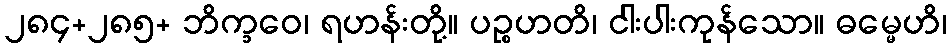
၂၈၄+၂၈၅+ ဘိက္ခဝေ၊ ရဟန်းတို့။ ပဉ္စဟတိ၊ ငါးပါးကုန်သော။ ဓမ္မေဟိ၊